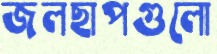
জলছাপগুলো